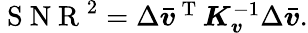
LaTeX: \begin{array}{r}{\mathrm{~S~N~R~}^{2}=\Delta\bar{\boldsymbol{v}}^{\mathrm{~T~}}\boldsymbol{K}_{\boldsymbol{v}}^{-1}\Delta\bar{\boldsymbol{v}}.}\end{array}